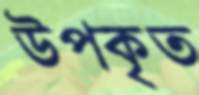
উপকৃত